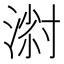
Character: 𱧸